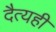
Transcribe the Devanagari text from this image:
दैत्यही